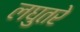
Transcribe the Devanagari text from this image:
लघुतरे